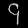
Digit: ၄